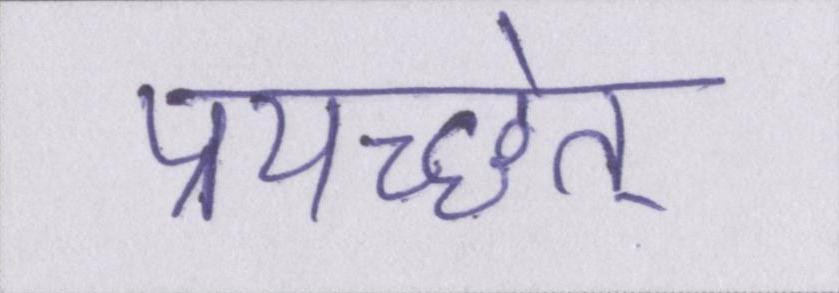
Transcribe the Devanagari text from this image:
प्रयच्छेत्